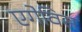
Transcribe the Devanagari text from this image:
एगेविस